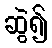
ဆွဲ၍